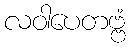
လဝါပေတဗ္ဗံ